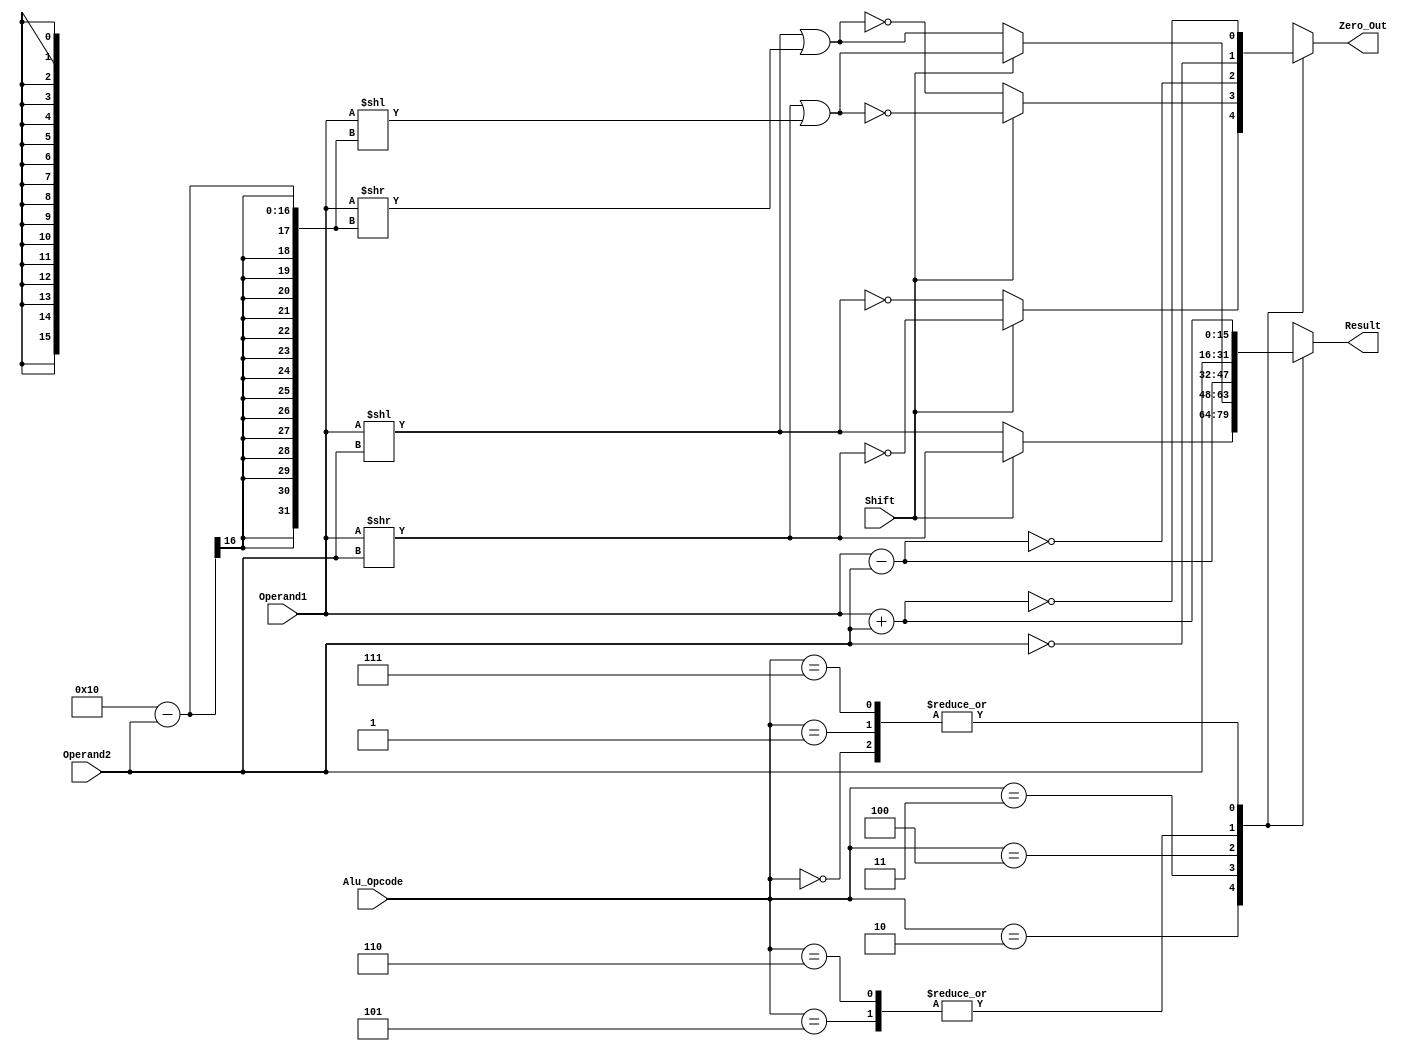
`timescale 1ns / 1ps
//////////////////////////////////////////////////////////////////////////////////
// Company: 
// Engineer: 
// 
// Design Name: 
// Module Name:    ALU 
// Project Name: 
// Target Devices: 
// Tool versions: 
// Description: 
//
// Dependencies: 
//
// Revision: 
// Revision 0.01 - File Created
// Additional Comments: 
//
//////////////////////////////////////////////////////////////////////////////////
module ALU(
	input [15:0] Operand1,
	input [15:0] Operand2,
	input [2:0] Alu_Opcode,
	input Shift,
   output [15:0] Result,
	output Zero_Out
	);

reg IsZero;
reg [15:0] Temp;

assign Zero_Out = IsZero;
assign Result = Temp;

   always @(*) begin
      case(Alu_Opcode)
		
			// Add
         3'b000:begin
				Temp = Operand1 + Operand2;
				IsZero = (Temp == 0);				
			end
			
			// AddI
         3'b001:begin
				Temp = Operand1 + Operand2;
				IsZero = (Temp == 0);
			end
         
			// Shift Left(<<) And Right(>>)
         3'b010:begin
				if (Shift == 1)begin
					Temp = Operand1 >> Operand2;
					IsZero = (Temp == 0);
				end
				else begin
					Temp = Operand1 << Operand2; 
					IsZero = (Temp == 0);
				end
			end
			
			 // Rotate Left And Rotate Right 
			3'b011: begin
				if (Shift == 1)begin
					Temp = (Operand1 >> Operand2) | (Operand1 << (16 - Operand2));
					IsZero = (Temp == 0);
				end
				else begin
					Temp = (Operand1 << Operand2) | (Operand1 >> (16 - Operand2));
					IsZero = (Temp == 0);
				end
			end
			
			//Beqz
			3'b100: begin
			  Temp = Operand1 - Operand2;
			  IsZero = (Temp == 0);
			end
			
			// Store Word
			3'b101: begin
				Temp = Operand2;
				IsZero = (Temp == 0);
			end
			
			// Load Word
			3'b110: begin
				Temp = Operand2;
				IsZero = (Temp == 0);
			end
			
			//Jump
		   3'b111: begin
				Temp = Operand1 + Operand2;
				IsZero = (Temp == 0);
		   end
      endcase
   end

endmodule